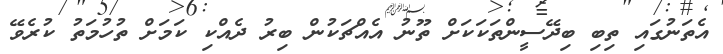
އެތަނުގައި ތިބި ބިދޭސީންތަކަކަށް ތޫނު އެއްޗަކުން ބިރު ދެއްކި ކަމަށް ތުހުމަތު ކުރެވޭ